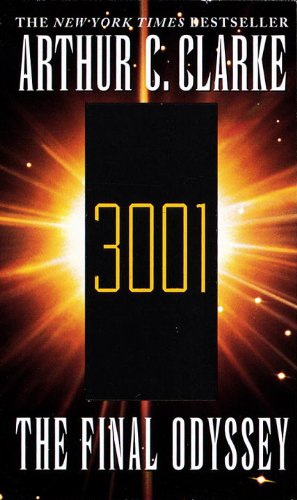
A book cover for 3001: The Final Odyssey; Arthur C. Clarke; Science Fiction & Fantasy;